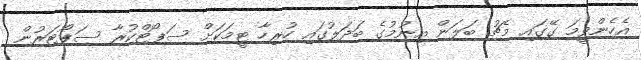
އެހެންވީމަ ގޭގައި މެޗު ބަލަން އިނުމުގެ ބަދަލުގައި ހުރިހާ ޓީމަކަށް ސަޕޯޓްކުރާ ސަޕޯޓަރުން